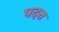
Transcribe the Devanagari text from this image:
पदत्त